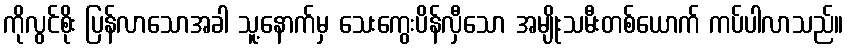
ကိုလွင်စိုး ပြန်လာသောအခါ သူ့နောက်မှ သေးကွေးပိန်လှီသော အမျိုးသမီးတစ်ယောက် ကပ်ပါလာသည်။